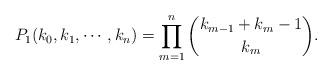
LaTeX: \begin{align*}P_1(k_0,k_1,\cdots,k_n)=\prod_{m=1}^n{k_{m-1}+k_m-1\choose k_m}.\end{align*}